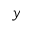
y